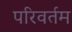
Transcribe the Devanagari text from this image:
परिवर्तम